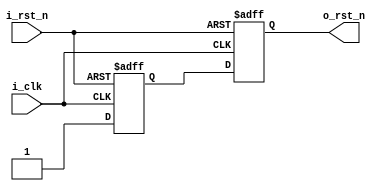
module SYNC_RST(
    input   wire                            i_clk                                        ,
    input   wire                            i_rst_n                                      ,
    output  wire                            o_rst_n                                      
        );
reg ff1;
reg ff2;
always @ (posedge i_clk or negedge i_rst_n)begin
    if(i_rst_n == 1'b0)begin
        ff1 <= 1'b0;
        ff2 <= 1'b0;
    end
    else begin
        ff1 <= 1'b1;
        ff2 <= ff1;
    end
end
assign o_rst_n = ff2;
endmodule